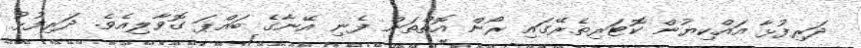
ދަރިފުޅާ އައްކިޔުން ކޮޓަރިތެރޭގައި ރޯން އޮތްތަން ފެނި އޭނާގެ ބައްޕަ ގޮވާލިއެވެ. ދަރިފުޅު